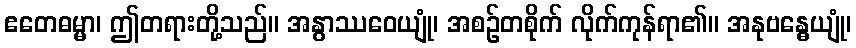
ဧတေဓမ္မာ၊ ဤတရားတို့သည်။ အနွာဿဝေယျုံ၊ အစဉ်တစိုက် လိုက်ကုန်ရာ၏။ အနုဗန္ဓေယျုံ၊